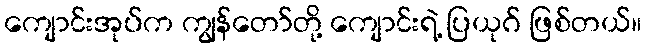
ကျောင်းအုပ်က ကျွန်တော်တို့ ကျောင်းရဲ့ ပြယုဂ် ဖြစ်တယ်။